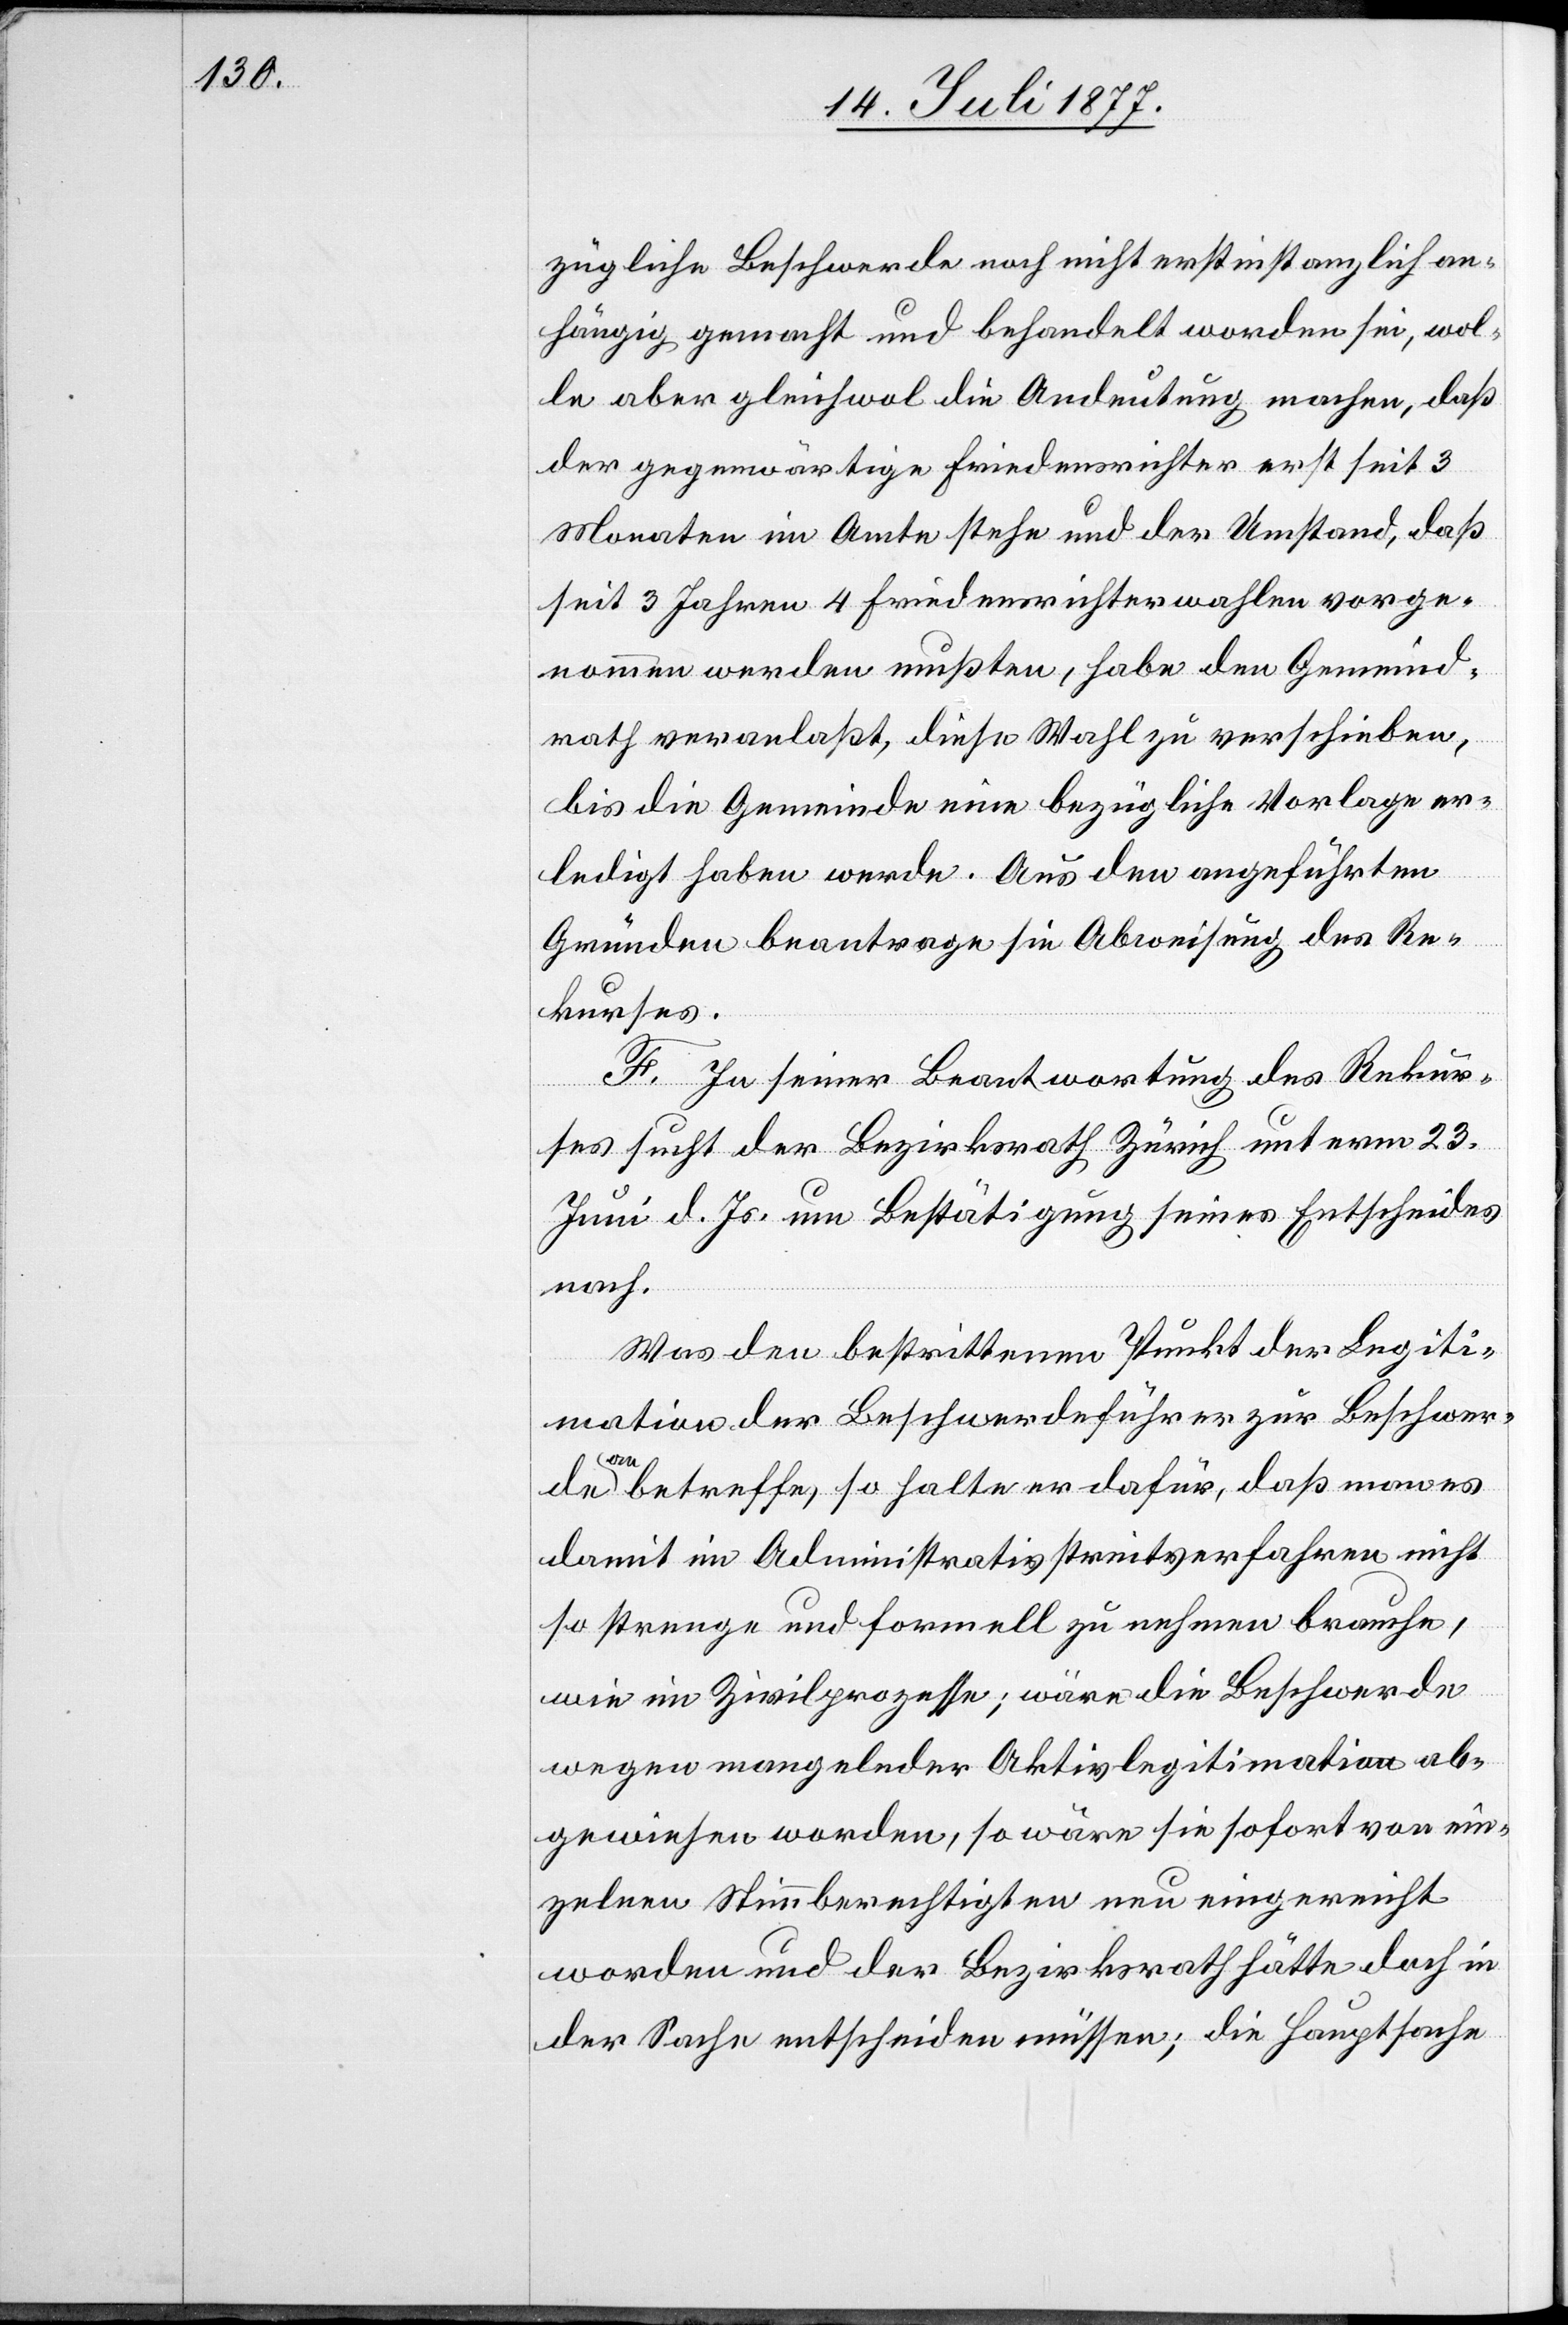
zügliche Beschwerde noch nicht erstinstanzlich an¬
hängig gemacht und behandelt worden sei, wol¬
le aber gleichwol die Andeutung machen, daß
der gegenwärtige Friedensrichter erst seit 3
Monaten im Amte stehe und der Umstand, daß
seit 3 Jahren 4 Friedensrichterwahlen vorge¬
nommen werden mußten, habe den Gemeind¬
rath veranlaßt, diese Wahl zu verschieben,
bis die Gemeinde eine bezügliche Vorlage er¬
ledigt haben werde. Aus den angeführten
Gründen beantrage sie Abweisung des Re¬
kurses.
F. In seiner Beantwortung des Rekur¬
ses sucht der Bezirksrath Zürich unterm 23.
Juni d. Js. um Bestätigung seines Entscheides
nach.
Was den bestrittenen Punkt der Legiti¬
mation der Beschwerdeführer zur Beschwer¬
de anbetreffe, so halte er dafür, daß man es
damit im Administrativstreitverfahren nicht
so strenge und formell zu nehmen brauche,
wie im Zivilprozesse; wäre die Beschwerde
wegen mangelnder Aktivlegitimation ab¬
gewiesen worden, so wäre sie sofort von ein¬
zelnen Stimmberechtigten neu eingereicht
worden und der Bezirksrath hätte doch in
der Sache entscheiden müssen; die Hauptsache